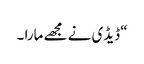
“ ڈیڈی نے مجھے مارا ۔